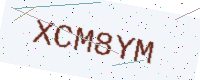
Text: XCM8YM